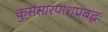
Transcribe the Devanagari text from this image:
कुसंसारपाशप्रबद्धः